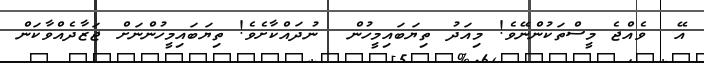
އޭ  ވެއްޖެ މީސްތަކުންނޭވެ! މިއަދު ތިޔަބައިމީހުން  ނުދައްކާށެވެ! ތިޔަބައިމީހުންނަށް ޖަޒާދެއްވާކަން